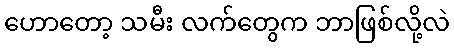
ဟောတော့ သမီး လက်တွေက ဘာဖြစ်လို့လဲ